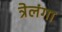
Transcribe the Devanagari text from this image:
त्रेलंगा